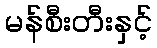
မန်စီးတီးနှင့်